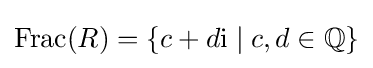
\operatorname {Frac} (R)=\{c+d\mathrm {i} \mid c,d\in \mathbb {Q} \}